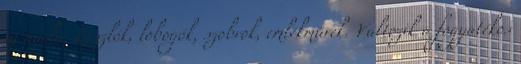
új nyelve Zászlók, lobogók, szobrok, emlékművek. Változik a fogyatékos